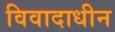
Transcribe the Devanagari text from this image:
विवादाधीन